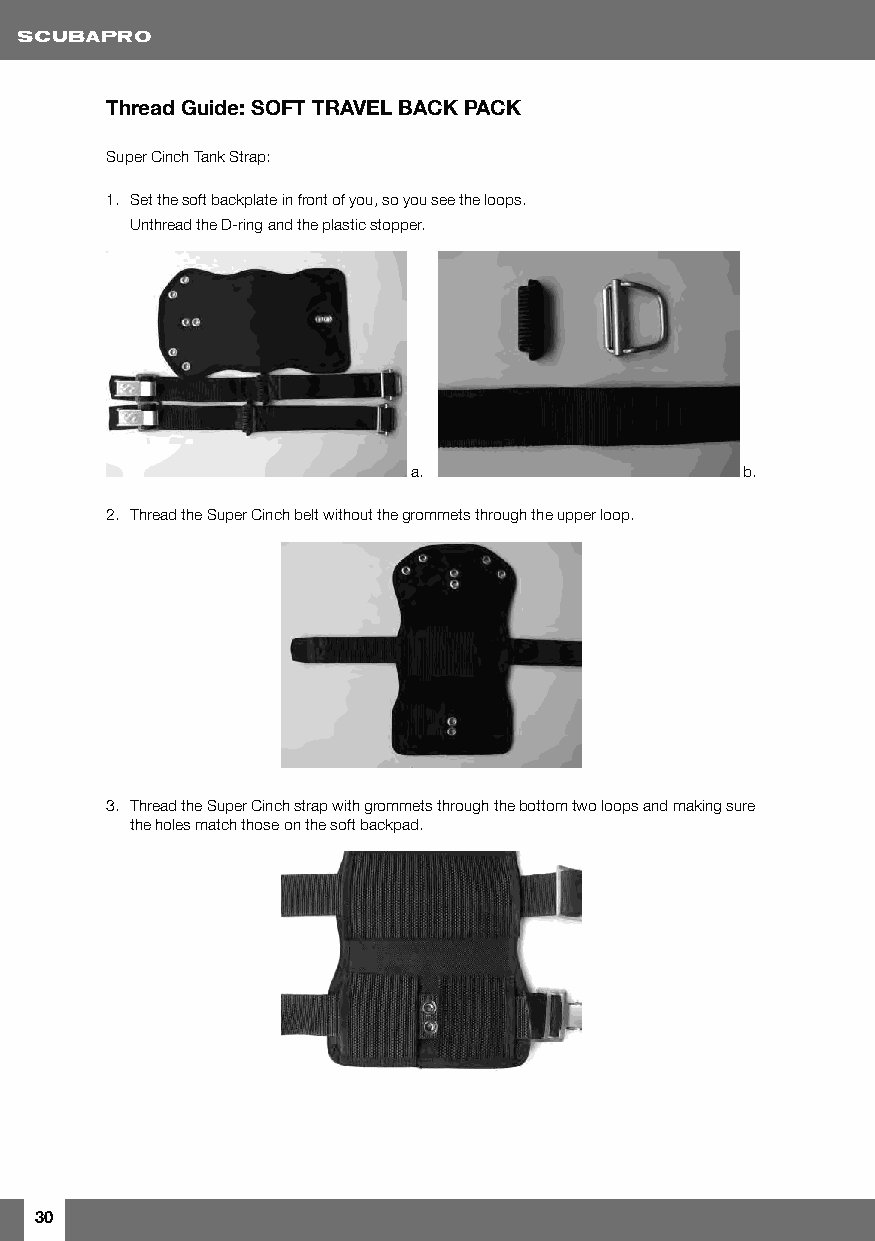
Thread Guide: SOFT TRAVEL BACK PACK
 Super Cinch Tank Strap:
 1. Set the soft backplate in front of you, so you see the loops.
 Unthread the D-ring and the plastic stopper.
 a.                    b.
 2. Thread the Super Cinch belt without the grommets through the upper loop.
 3. Thread the Super Cinch strap with grommets through the bottom two loops and making sure
 the holes match those on the soft backpad.
 30